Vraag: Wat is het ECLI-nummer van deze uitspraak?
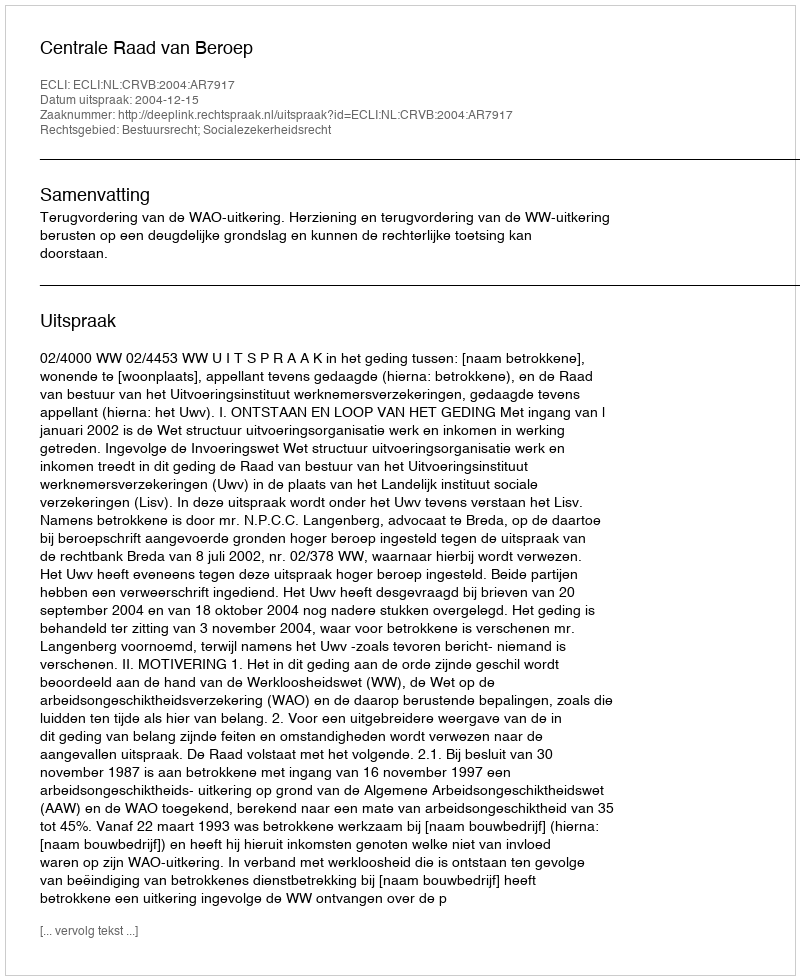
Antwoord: ECLI:NL:CRVB:2004:AR7917